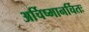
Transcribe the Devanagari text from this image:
अर्चिष्मानर्चितः